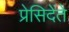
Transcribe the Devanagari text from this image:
प्रेसिदेंते